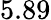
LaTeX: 5.89